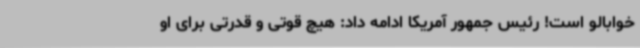
خوابالو است! رئیس جمهور آمریکا ادامه داد: هیچ قوتی و قدرتی برای او